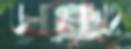
ডলতেমদ্রোহ